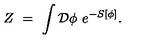
Z \ = \ \int \mathcal { D } \phi \ e ^ { - S [ \phi ] } .